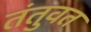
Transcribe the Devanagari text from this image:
तंतुवत